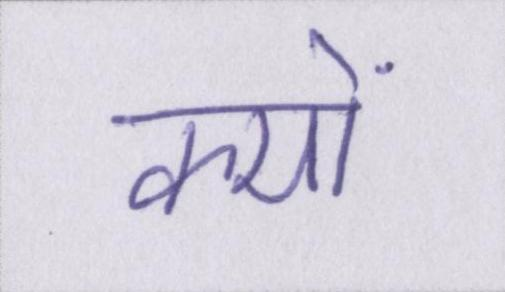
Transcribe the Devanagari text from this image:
क्यों